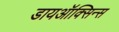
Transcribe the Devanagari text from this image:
डायऑक्सिन्स